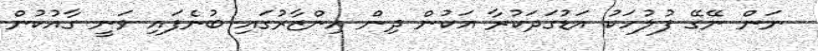
ނަން ނޭގޭ ފުލުހަކު އަޑުގަދަކުރާ އަކުން ދިން އިންޒާރުގައި ބުނެފައި ވަނީ ގާއުކުން